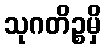
သုဂတိဉ္စမှိ